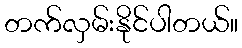
တက်လှမ်းနိုင်ပါတယ်။